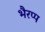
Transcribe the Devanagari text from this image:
भैरप्प